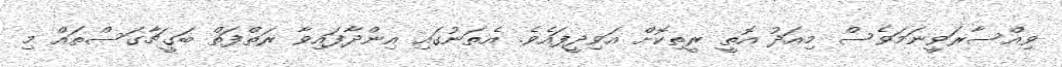
ވިއްސާރަވީނަމަވެސް މިއަދު އޮތީ ރީތިކޮށް އަވިދީފައެވެ. އެތަނުގައި އިންދާފައިވާ ރަތްފަތް ބަގީޗާގަސްތައް މި